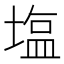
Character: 塩